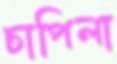
চাপিলা